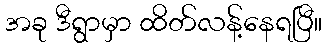
အခု ဒီရွာမှာ ထိတ်လန့်နေရပြီ။